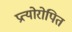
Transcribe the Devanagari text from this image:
प्रत्योरोपित